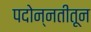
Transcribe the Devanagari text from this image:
पदोन्नतीतून